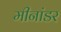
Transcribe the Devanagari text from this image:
मीनांडर